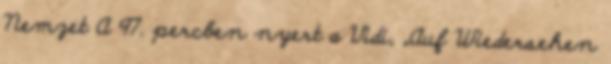
Nemzet A 97. percben nyert a Vidi, „Auf Wiedersehen